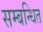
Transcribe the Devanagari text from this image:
सम्‍बन्‍धित